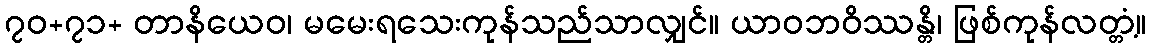
၇၀+၇၁+ တာနိယေဝ၊ မမေးရသေးကုန်သည်သာလျှင်။ ယာဝဘဝိဿန္တိ၊ ဖြစ်ကုန်လတ္တံ့။